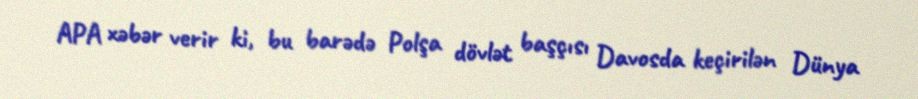
APA xəbər verir ki, bu barədə Polşa dövlət başçısı Davosda keçirilən Dünya